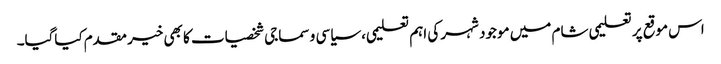
اس موقع پر تعلیمی شام میں موجود شہر کی اہم تعلیمی، سیاسی و سماجی شخصیات کا بھی خیر مقدم کیاگیا۔